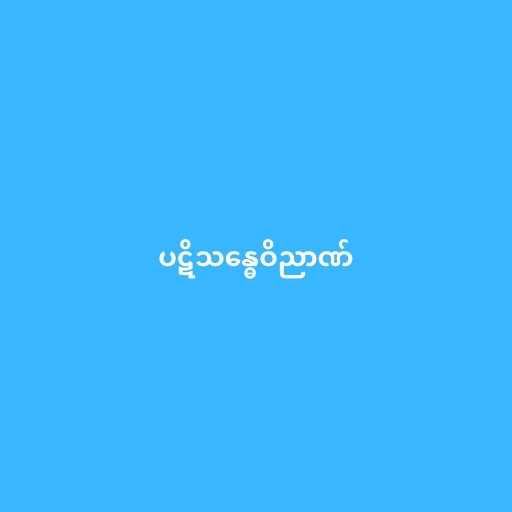
ပဋိသန္ဓေဝိညာဏ်